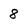
Character: 8